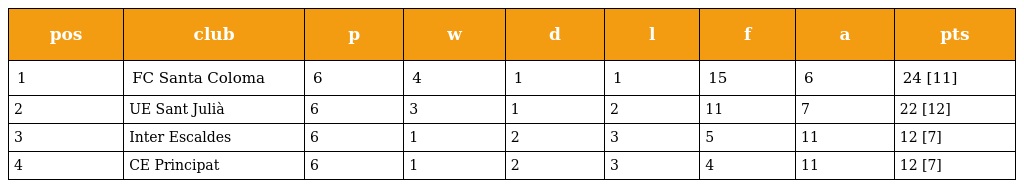
| pos | club | p | w | d | l | f | a | pts |
 | --- | --- | --- | --- | --- | --- | --- | --- | --- |
 | 1 | FC Santa Coloma | 6 | 4 | 1 | 1 | 15 | 6 | 24 [11] |
 | 2 | UE Sant Julià | 6 | 3 | 1 | 2 | 11 | 7 | 22 [12] |
 | 3 | Inter Escaldes | 6 | 1 | 2 | 3 | 5 | 11 | 12 [7] |
 | 4 | CE Principat | 6 | 1 | 2 | 3 | 4 | 11 | 12 [7] |